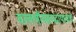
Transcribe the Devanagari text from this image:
वल्लभीयसम्प्रदायाचार्य